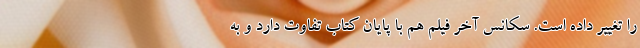
را تغيير داده است. سكانس آخر فيلم هم با پايان كتاب تفاوت دارد و به